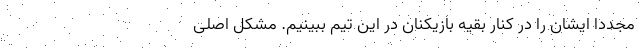
مجددا ایشان را در کنار بقیه بازیکنان در این تیم ببینیم. مشکل اصلی